Report on the working of the mental hospitals for Indians in Bihar and Orissa - 1925-1929
Year: 1925
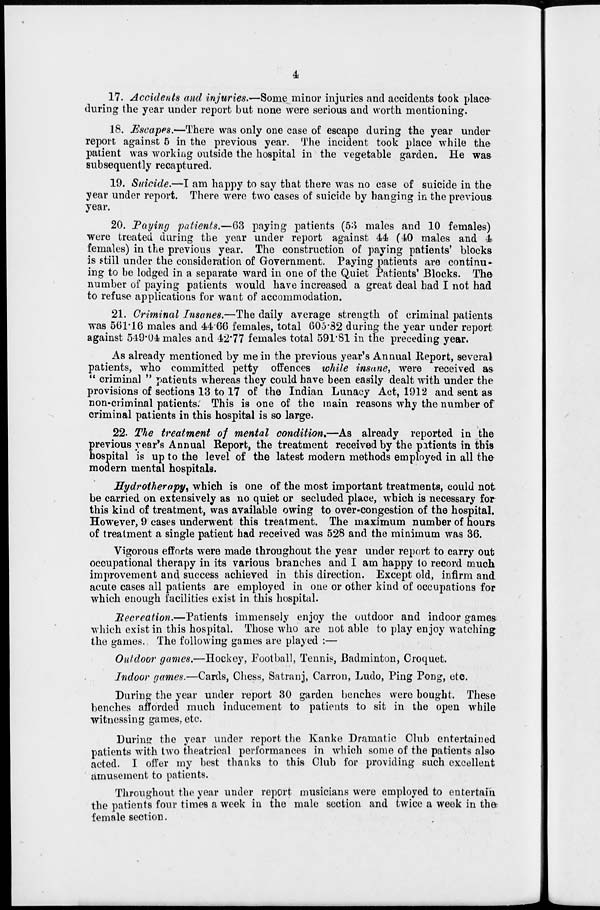
4
17. Accidents and injuries.—Some minor injuries and accidents took place
during the year under report but none were serious and worth mentioning.
18. Escapes.—There was only one case of escape during the year under
report against 5 in the previous year. The incident took place while the
patient was working outside the hospital in the vegetable garden. He was
subsequently recaptured.
19. Suicide.—I am happy to say that there was no case of suicide in the
year under report. There were two cases of suicide by banging in the previous
year.
20. Paying patients.—63 paying patients (53 males and 10 females)
were treated during the year under report against 44 (40 males and 4
females) in the previous year. The construction of paying patients' blocks
is still under the consideration of Government. Paying patients are continu-
ing to be lodged in a separate ward in one of the Quiet Patients' Blocks. The
number of paying patients would have increased a great deal had I not had
to refuse applications for want of accommodation.
21. Criminal Insanes.—The daily average strength of criminal patients
was 561.16 males and 44.66 females, total 605.82 during the year under report
against 549.04 males and 42.77 females total 591.81 in the preceding year.
As already mentioned by me in the previous year's Annual Report, several
patients, who committed petty offences while insane, were received as
" criminal " patients whereas they could have been easily dealt with under the
provisions of sections 13 to 17 of the Indian Lunacy Act, 1912 and sent as
non-criminal patients. This is one of the main reasons why the number of
criminal patients in this hospital is so large.
22. The treatment of mental condition.—As already reported in the
previous year's Annual Report, the treatment received by the patients in this
hospital is up to the level of the latest modern methods employed in all the
modern mental hospitals.
Hydrotherapy, which is one of the most important treatments, could not
be carried on extensively as no quiet or secluded place, which is necessary for
this kind of treatment, was available owing to over-congestion of the hospital.
However, 9 cases underwent this treatment. The maximum number of hours
of treatment a single patient had received was 528 and the minimum was 36.
Vigorous efforts were made throughout the year under report to carry out
occupational therapy in its various branches and I am happy to record much
improvement and success achieved in this direction. Except old, infirm and
acute cases all patients are employed in one or other kind of occupations for
which enough facilities exist in this hospital.
Recreation.—Patients
immensely enjoy the outdoor and indoor games
which exist in this hospital. Those who are not able to play enjoy watching
the games. The following games are played :—
Outdoor games.—Hockey, Football, Tennis, Badminton, Croquet.
Indoor games.—Cards, Chess, Satranj, Carron, Ludo, Ping Pong, etc.
During the year under report 30 garden benches were bought. These
benches afforded much inducement to patients to sit in the open while
witnessing games, etc.
During the year under report the Kanke Dramatic Club entertained
patients with two theatrical performances in which some of the patients also
acted. I offer my best thanks to this Club for providing such excellent
amusement to patients.
Throughout the year under report musicians were employed to entertain
the patients four times a week in the male section and twice a week in the
female section.